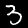
Digit: 3